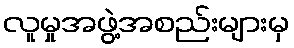
လူမှုအဖွဲ့အစည်းများမှ